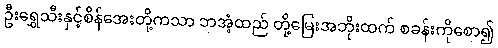
ဦးရွှေသီးနှင့်စိန်အေးတို့ကသာ ဘအံ့ထည် တို့မြေးအဘိုးထက် စခန်းကိုစော၍